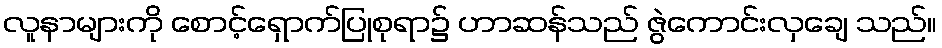
လူနာများကို စောင့်ရှောက်ပြုစုရာ၌ ဟာဆန်သည် ဇွဲကောင်းလှချေ သည်။